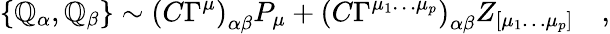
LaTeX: \{ \mathbb{Q}_{\alpha},\mathbb{Q}_{\beta}\} \sim\left(C\Gamma^{\mu}\right)_{\alpha\beta}P_{\mu}+\left(C\Gamma^{\mu_{1}\ldots\mu_{p}}\right)_{\alpha\beta}Z_{[\mu_{1}\ldots\mu_{p}]}\quad,